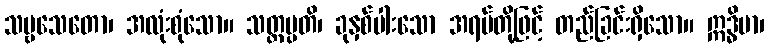
သဗ္ဗသေတော၊ အလုံးစုံသော။ သတ္တပ္ပတိ၊ ခုနှစ်ပါးသော အရပ်တို့ဖြင့် တည်ခြင်းရှိသော။ ဣဒ္ဓိမာ၊